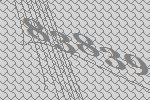
83839